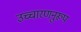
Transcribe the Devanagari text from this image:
उच्चारणनुरूप